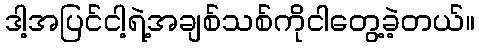
ဒါ့အပြင်ငါ့ရဲ့အချစ်သစ်ကိုငါတွေ့ခဲ့တယ်။